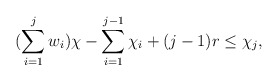
\begin{align*}(\sum\limits_{i=1}^j w_i) \chi - \sum\limits_{i =1}^{j-1} \chi_i + (j-1)r \leq \chi_j,\end{align*}